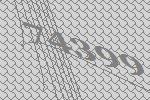
74399